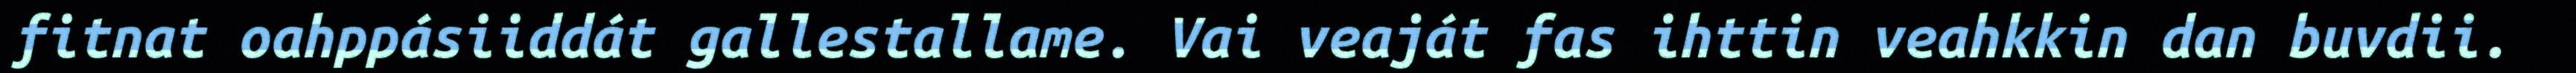
fitnat oahppásiiddát gallestallame. Vai veaját fas ihttin veahkkin dan buvdii.